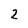
Character: 2